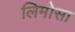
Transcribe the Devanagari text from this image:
लिमोसा